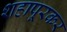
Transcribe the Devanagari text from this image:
शहापूरकर